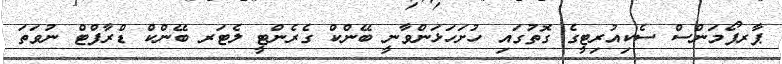
ޕާރފޯމަންސް ސެކިއުރިޓީގެ ގޮތުގައި ހުށަހަޅަންވާނީ ބޭންކް ގެރެންޓީ ލެޓަރ ބޭންކް ޑްރާފްޓް ނުވަތަ